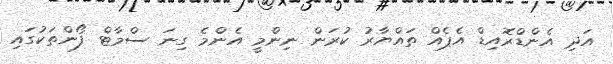
އަދި އެންޑްރޮއިޑް އެޕެއް ތައްޔާރު ކުރަން ނިންމީ އެންމެ ގިނަ ސްމާޓް ފޯންތަކުގައި